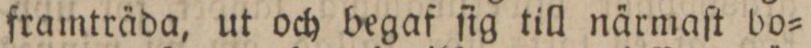
framträda, ut och begaf ſig till närmaſt bo=